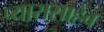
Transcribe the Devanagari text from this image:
प्यारासाहेब